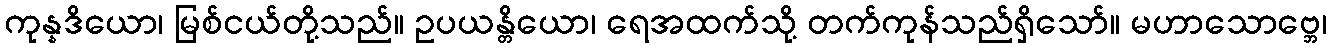
ကုန္နဒိယော၊ မြစ်ငယ်တို့သည်။ ဥပယန္တိယော၊ ရေအထက်သို့ တက်ကုန်သည်ရှိသော်။ မဟာသောဗ္ဘေ၊